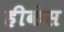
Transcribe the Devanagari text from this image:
हीकंस